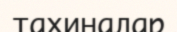
тахиналар